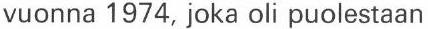
vuonna 1974, joka oli puolestaan